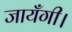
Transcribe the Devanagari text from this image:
जायँगी।